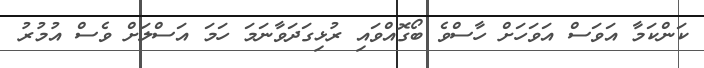
ކަންކަމާ އަވަސް އަވަހަށް ހާސްވެ ބޯގޮއްވައި ރުޅިގަދަވާނަމަ ހަމަ އަސްލަށް ވެސް އުމުރު